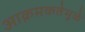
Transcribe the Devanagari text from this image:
आक्रमकतेमुळे